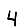
Digit: 4